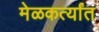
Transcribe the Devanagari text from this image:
मेळकर्त्यांत